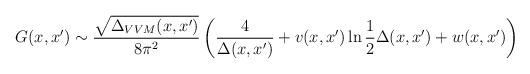
LaTeX: \begin{align*}G(x,x') \sim \frac{\sqrt{\Delta_{VVM}(x,x')}}{8\pi^2}\left( \frac{4}{\Delta(x,x')}+ v(x,x')\ln\frac{1}{2}\Delta(x,x')+w(x,x')\right)\end{align*}